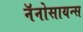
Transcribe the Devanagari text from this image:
नॅनोसायन्स